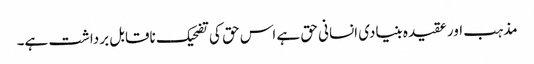
مذہب اور عقیدہ بنیادی انسانی حق ہے اس حق کی تضحیک ناقابل برداشت ہے۔